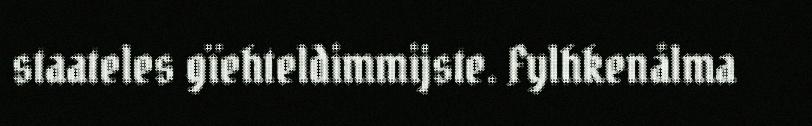
staateles gïehteldimmijste. Fylhkenålma